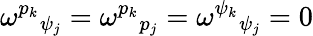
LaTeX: \omega^{p_{k}}{}_{\psi_{j}}=\omega^{p_{k}}{}_{p_{j}}=\omega^{\psi_{k}}{}_{\psi_{j}}=0